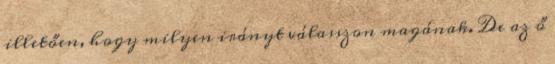
illetően, hogy milyen irányt válasszon magának. De az ő